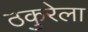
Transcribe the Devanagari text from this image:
ठकुरेला